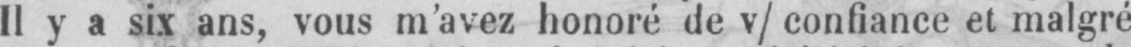
Il y a six ans, vous m’avez honoré de v/ confiance et malgré